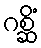
ဂစ္ဆိံ